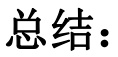
总结：